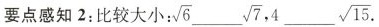
要点感知2：比较大小： \sqrt{6} ___ \sqrt{7}， 4 ___ \sqrt{15}.